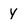
Character: Y